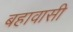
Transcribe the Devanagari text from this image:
बहावासी